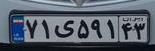
۷۱ی۵۹۱۴۳